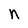
Character: n